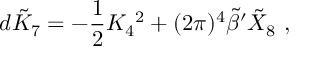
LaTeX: d \tilde { K } _ { 7 } = - { \frac { 1 } { 2 } } K _ { 4 } { } ^ { 2 } + ( 2 \pi ) ^ { 4 } { \tilde { \beta } } ^ { \prime } { \tilde { X } } _ { 8 } \ ,